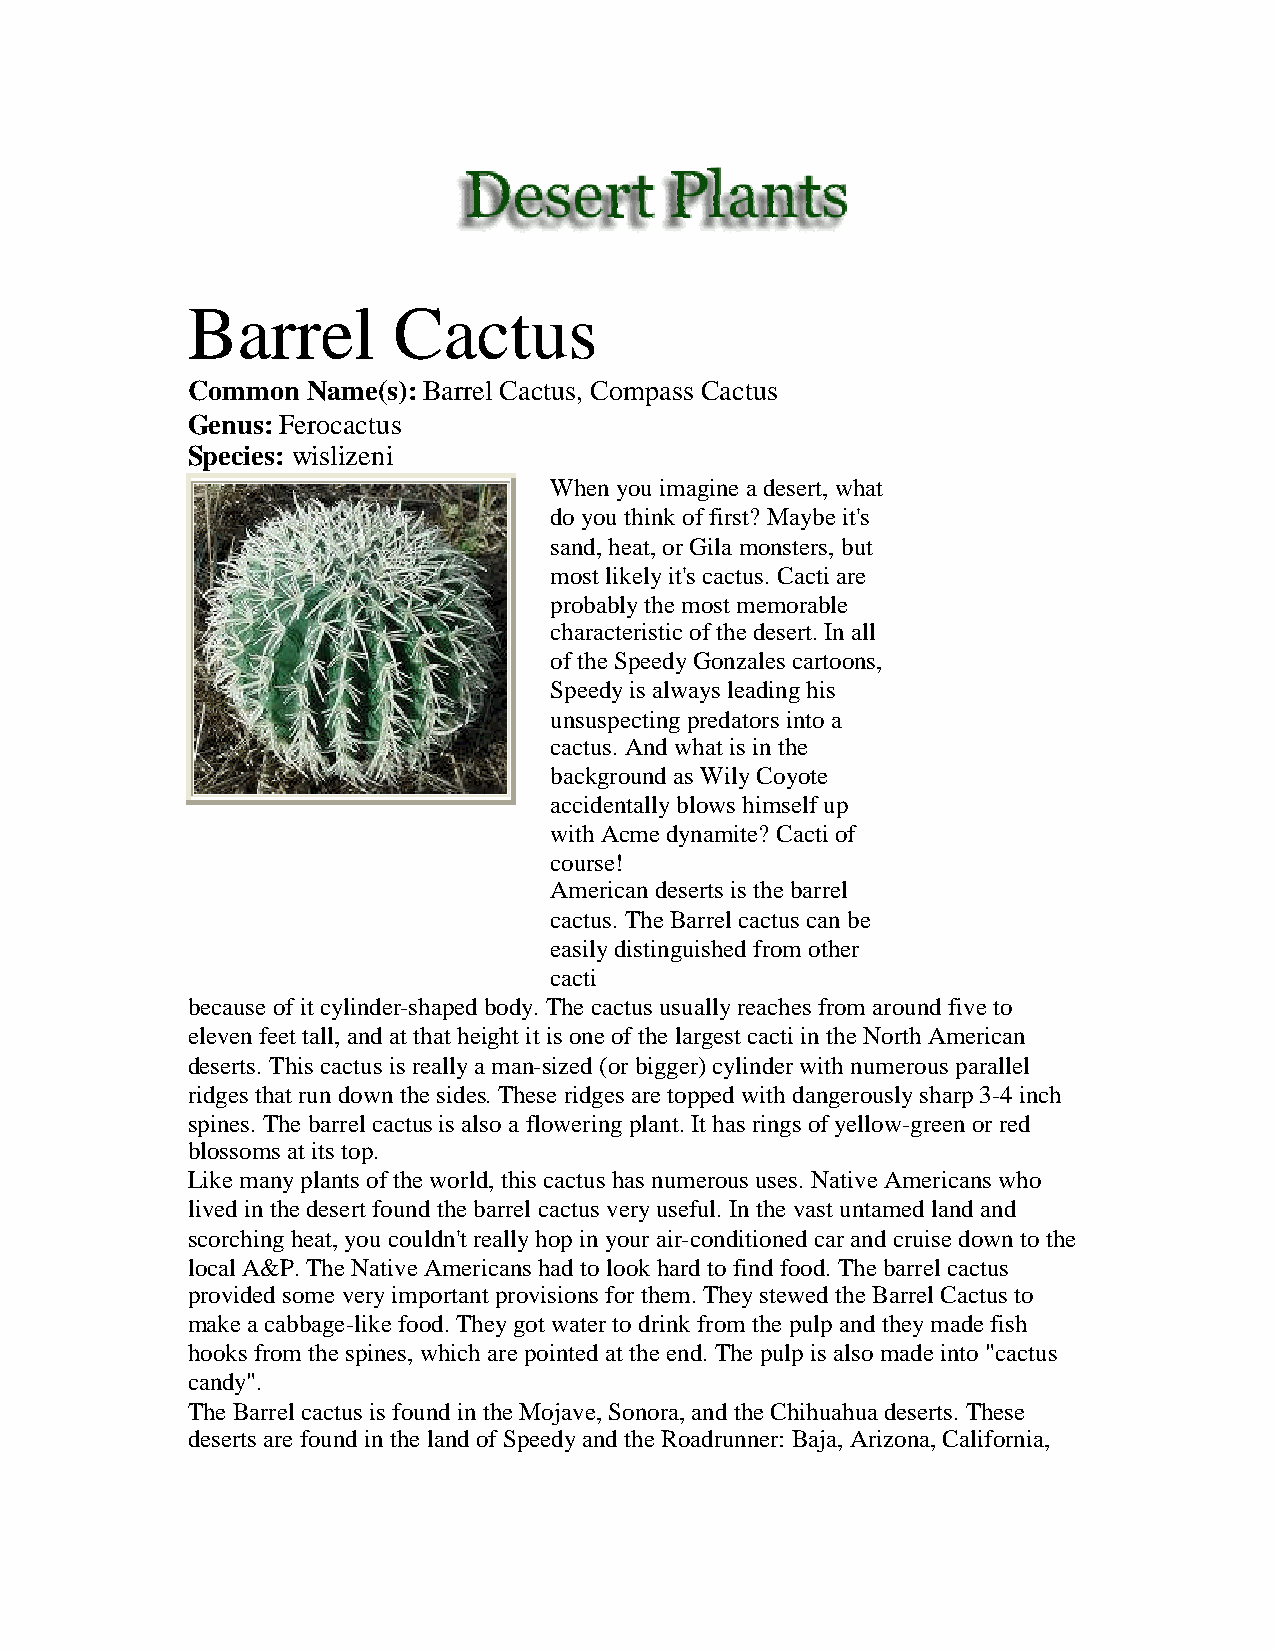
Barrel        Cactus
 Common  Name(s):Barrel Cactus, Compass Cactus
 Genus:Ferocactus
 Species: wislizeni
 Whenyouimagineadesert,what
 doyouthinkoffirst? Maybeit's
 sand,heat,orGilamonsters, but
 most likelyit's cactus. Cacti are
 probablythemost memorable
 characteristicofthedesert.Inall
 oftheSpeedyGonzales cartoons,
 Speedyis always leadinghis
 unsuspectingpredators intoa
 cactus. Andwhat is inthe
 backgroundas WilyCoyote
 accidentallyblows himselfup
 withAcmedynamite? Cacti of
 course!
 Americandeserts is thebarrel
 cactus. TheBarrel cactus canbe
 easilydistinguishedfrom other
 cacti
 becauseofit cylinder-shapedbody.Thecactus usuallyreaches from aroundfiveto
 elevenfeet tall,andat that height it is oneofthelargest cacti intheNorthAmerican
 deserts. This cactus is reallyaman-sized(orbigger)cylinderwithnumerous parallel
 ridges that rundownthesides.Theseridges aretoppedwithdangerouslysharp3-4inch
 spines. Thebarrel cactus is also afloweringplant.It has rings ofyellow-greenorred
 blossoms at its top.
 Likemanyplants oftheworld,this cactus has numerous uses. NativeAmericans who
 livedinthedesert foundthebarrel cactus veryuseful.Inthevast untamedlandand
 scorchingheat,youcouldn't reallyhopinyourair-conditionedcarandcruisedowntothe
 local A&P.TheNativeAmericans hadtolookhardtofindfood.Thebarrel cactus
 providedsomeveryimportant provisions forthem.TheystewedtheBarrel Cactus to
 makeacabbage-likefood.Theygot watertodrinkfrom thepulpandtheymadefish
 hooks from thespines, whicharepointedat theend.Thepulpis also madeinto"cactus
 candy".
 TheBarrel cactus is foundintheMojave,Sonora,andtheChihuahuadeserts. These
 deserts arefoundinthelandofSpeedyandtheRoadrunner: Baja,Arizona,California,